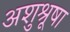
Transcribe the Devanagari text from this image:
अशुश्रूषा